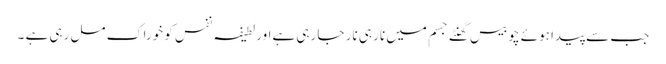
جب سے پیدا ہوئے چوبیس گھنٹے جسم میں نار ہی نار جا رہی ہےاور لطیفہ نفس کو خوراک مل رہی ہے ۔